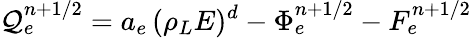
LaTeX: {\mathcal{Q}}_{e}^{n+1/2}=a_{e}\, (\rho_{L}E)^{d}-{\Phi}_{e}^{n+1/2}-F_{e}^{n+1/2}